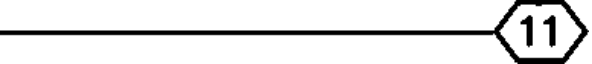
(11)